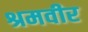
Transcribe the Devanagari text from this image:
श्रमवीर